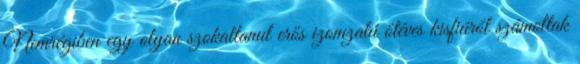
Nemrégiben egy olyan szokatlanul erős izomzatú ötéves kisfiúról számoltak